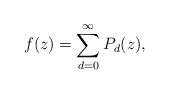
LaTeX: \begin{align*}f(z)=\sum_{d=0}^{\infty}P_d(z),\end{align*}